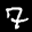
Label: 7